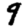
Digit: 9